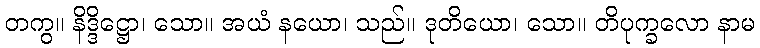
တကွ။ နိဒ္ဒိဋ္ဌော၊ သော။ အယံ နယော၊ သည်။ ဒုတိယော၊ သော။ တိပုက္ခလော နာမ